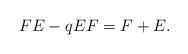
LaTeX: \begin{align*} FE-qEF = F+E.\end{align*}